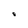
Character: 8